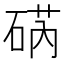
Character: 𮀥